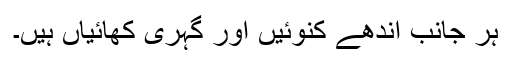
ہر جانب اندھے کنوئیں اور گہری کھائیاں ہیں۔